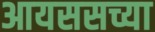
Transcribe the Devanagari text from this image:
आयससच्या